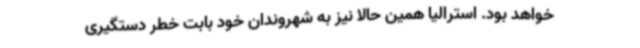
خواهد بود. استرالیا همین حالا نیز به شهروندان خود بابت خطر دستگیری